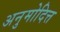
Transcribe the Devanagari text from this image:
अनुमोदित्त